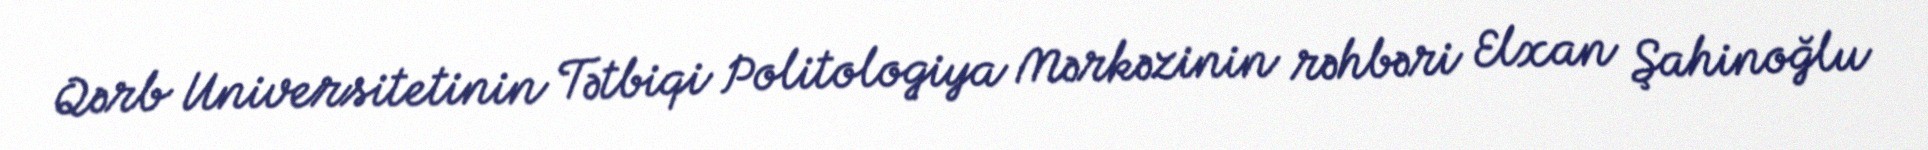
Qərb Universitetinin Tətbiqi Politologiya Mərkəzinin rəhbəri Elxan Şahinoğlu